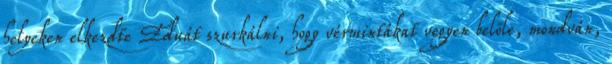
helyeken elkezdte Eduát szurkálni, hogy vérmintákat vegyen belõle, mondván,